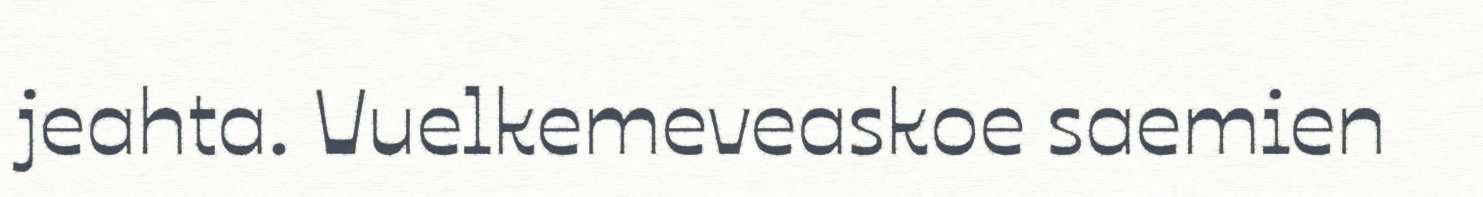
jeahta. Vuelkemeveaskoe saemien